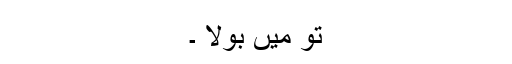
تو میں بولا ۔